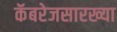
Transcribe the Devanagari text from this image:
कॅबरेजसारख्या